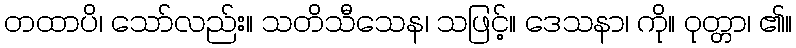
တထာပိ၊ သော်လည်း။ သတိသီသေန၊ သဖြင့်။ ဒေသနာ၊ ကို။ ဝုတ္တာ၊ ၏။